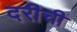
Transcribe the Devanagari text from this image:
दरीची